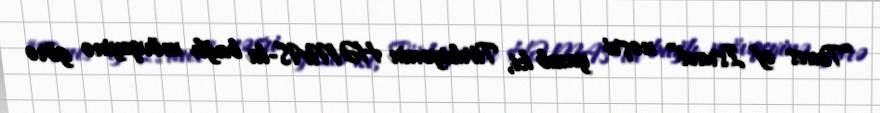
“Times of Israel” nəşri yazıb ki, Türkiyənin HƏMAS-la bağlı mövqeyinə görə